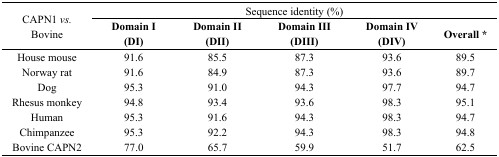
<table><thead><tr><td rowspan="3"><b>CAPN1 <i>vs.</i> Bovine</b></td><td colspan="5"><b>Sequence identity (%)</b></td></tr><tr><td><b>Domain I (DI)</b></td><td><b>Domain II (DII)</b></td><td><b>Domain III (DIII)</b></td><td><b>Domain IV (DIV)</b></td><td><b>Overall *</b></td></tr></thead><tbody><tr><td>House mouse</td><td>91.6</td><td>85.5</td><td>87.3</td><td>93.6</td><td>89.5</td></tr><tr><td>Norway rat</td><td>91.6</td><td>84.9</td><td>87.3</td><td>93.6</td><td>89.7</td></tr><tr><td>Dog</td><td>95.3</td><td>91.0</td><td>94.3</td><td>97.7</td><td>94.7</td></tr><tr><td>Rhesus monkey</td><td>94.8</td><td>93.4</td><td>93.6</td><td>98.3</td><td>95.1</td></tr><tr><td>Human</td><td>95.3</td><td>91.6</td><td>94.3</td><td>98.3</td><td>94.7</td></tr><tr><td>Chimpanzee</td><td>95.3</td><td>92.2</td><td>94.3</td><td>98.3</td><td>94.8</td></tr><tr><td>Bovine CAPN2</td><td>77.0</td><td>65.7</td><td>59.9</td><td>51.7</td><td>62.5</td></tr></tbody></table>